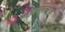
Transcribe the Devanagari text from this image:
अंतर्तात्मक